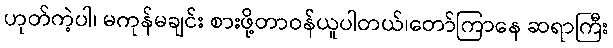
ဟုတ်ကဲ့ပါ၊ မကုန်မချင်း စားဖို့တာဝန်ယူပါတယ်၊တော်ကြာနေ ဆရာကြီး